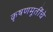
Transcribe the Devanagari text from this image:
कृषणमूर्तींचे